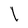
Character: l